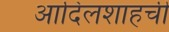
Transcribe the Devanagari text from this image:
आदिलशाहची